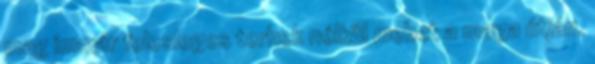
mag immár felesleges terhek nélkül mehet a maga útján.